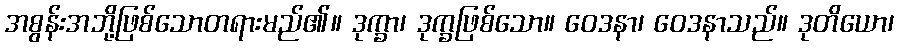
အစွန်းအဘို့ဖြစ်သောတရားမည်၏။ ဒုက္ခာ၊ ဒုက္ခဖြစ်သော။ ဝေဒနာ၊ ဝေဒနာသည်။ ဒုတိယော၊